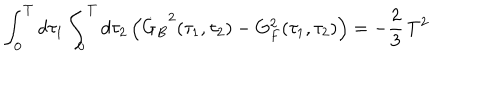
\int _ { 0 } ^ { T } d \tau _ { 1 } \int _ { 0 } ^ { T } d \tau _ { 2 } \, \Bigl ( { \dot { G } _ { B } } ^ { 2 } ( \tau _ { 1 } , \tau _ { 2 } ) - G _ { F } ^ { 2 } ( \tau _ { 1 } , \tau _ { 2 } ) \Bigr ) = - { \frac { 2 } { 3 } } \, T ^ { 2 } \quad